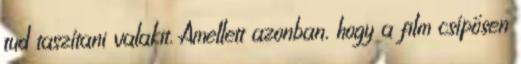
tud taszítani valakit. Amellett azonban, hogy a film csípősen